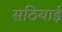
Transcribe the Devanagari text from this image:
सठियाई